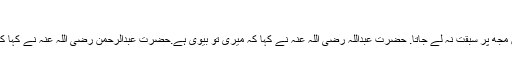
اور اگر تمہارے باپ میں عورتوں کے پاس جانے
کی طاقت ہوتی تو تم میں سے کوئی بھی اس لڑکی سے نکاح کرنے میں مجھ پر سبقت نہ لے جاتا. حضرت عبداللہ رضی اللہ عنہ نے کہا کہ میری تو بیوی ہے.حضرت عبدالرحمن رضی اللہ عنہ نے کہا کہ میری بھی بیوی ہے.حضرت عاصم رضی اللہ عنہ نے کہا کہ ابا جان!